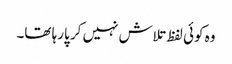
وہ کوئی لفظ تلاش نہیں کر پارہا تھا۔